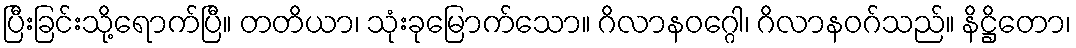
ပြီးခြင်းသို့ရောက်ပြီ။ တတိယာ၊ သုံးခုမြောက်သော။ ဂိလာနဝဂ္ဂေါ၊ ဂိလာနဝဂ်သည်။ နိဋ္ဌိတော၊